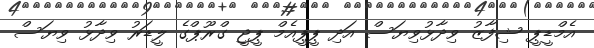
އެމްޑީޕީ ޝިފާޒު ވިދާޅުވިޔަސް އަދި ޕީޕީއެމް ޕީޖީ ގްރޫޕްގެ ލީޑަރު ވިދާޅު ވިޔަސް